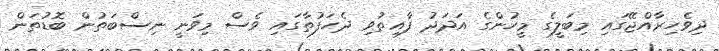
ދިވެހިރާއްޖޭގައި މިބަލީގެ މީހުންގެ އަދަދު ފާއިތުވި ދެހަފުތާގައި ވެސް މިވަނީ ނިސްބަތުން ބޮޑުތަން